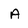
Character: A